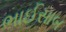
ભાઈસાબ